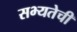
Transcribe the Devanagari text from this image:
सभ्यतेची